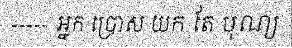
----- អ្នក ប្រោស យក តែ បុណ្យ